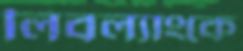
লিবল্যাংকে